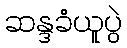
ဆန္ဒခံယူပွဲ